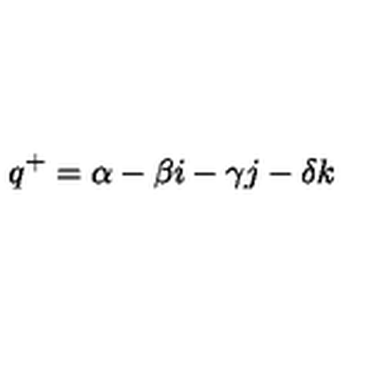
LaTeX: q ^ { + } = \alpha - \beta i - \gamma j - \delta k